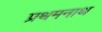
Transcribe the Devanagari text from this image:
प्रथमनाथ